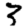
Digit: 3